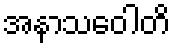
အနာသဝေါတိ